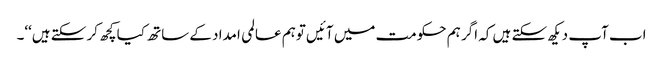
اب آپ دیکھ سکتے ہیں کہ اگر ہم حکومت میں آئیں توہم عالمی امداد کے ساتھ کیا کچھ کر سکتے ہیں‘‘۔